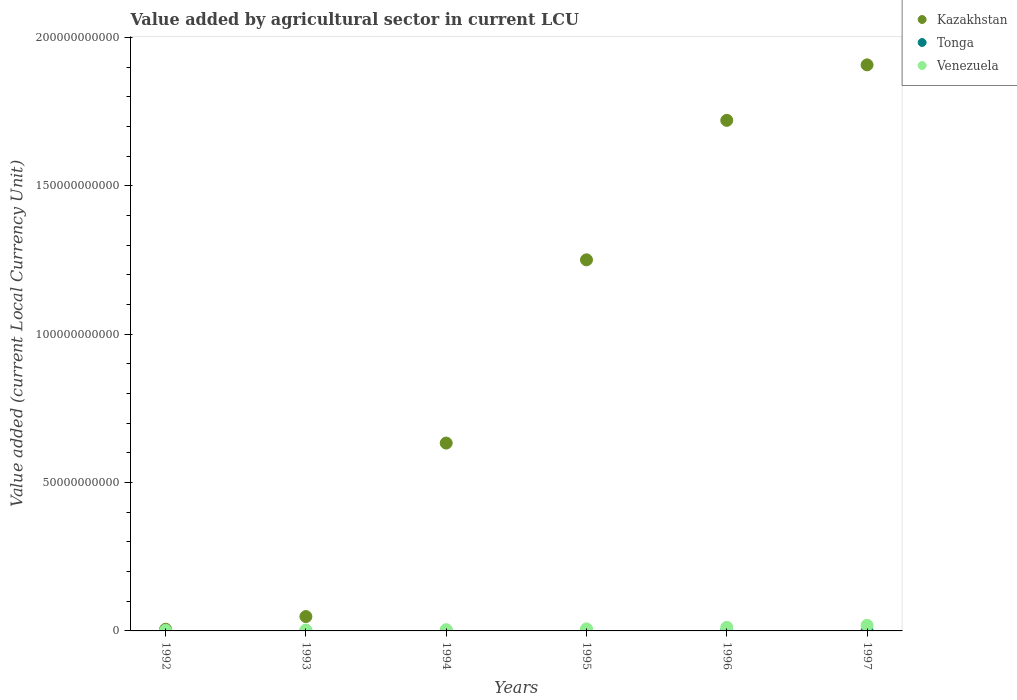
| Years | Kazakhstan | Tonga | Venezuela |
 | --- | --- | --- | --- |
 | 1992 | 5.63e+08 | 6.05e+07 | 2.12e+08 |
 | 1993 | 4.84e+09 | 6.54e+07 | 2.82e+08 |
 | 1994 | 6.33e+10 | 5.59e+07 | 4.23e+08 |
 | 1995 | 1.25e+11 | 5.51e+07 | 6.9e+08 |
 | 1996 | 1.72e+11 | 5.58e+07 | 1.2e+09 |
 | 1997 | 1.91e+11 | 5.5e+07 | 1.89e+09 |